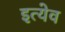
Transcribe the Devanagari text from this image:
इत्येव